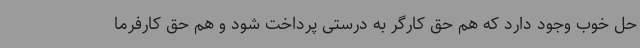
حل خوب وجود دارد که هم حق کارگر به درستی پرداخت شود و هم حق کارفرما